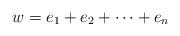
LaTeX: \begin{align*}w = e_1 + e_2 + \cdots + e_n\end{align*}